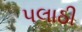
પલાઠી